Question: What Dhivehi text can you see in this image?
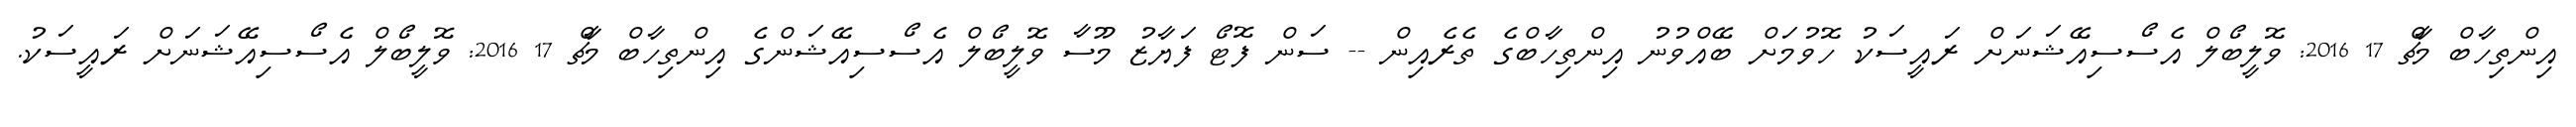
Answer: އިންތިހާބް މާޗް 17 2016: ވޮލީބޯލް އެސޯސިއޭޝަނަށް ރައީސަކު ހޮވުމަށް ބޭއްވުނު އިންތިހާބްގެ ތެރެއިން -- ސަން ފޮޓޯ ފަޔާޒު މޫސާ ވޮލީބޯލް އެސޯސިއޭޝަންގެ އިންތިހާބް މާޗް 17 2016: ވޮލީބޯލް އެސޯސިއޭޝަނަށް ރައީސަކު.